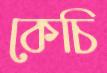
কেচি